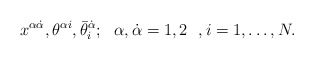
\begin{align*}x^{\alpha \dot\alpha}, \theta^{ \alpha i}, \bar\theta^{\dot \alpha}_i; \ \ \alpha, \dot\alpha=1, 2 \ \ , i = 1, \dots , N.\end{align*}